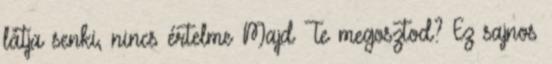
látja senki, nincs értelme Majd Te megosztod? Ez sajnos